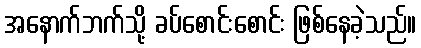
အနောက်ဘက်သို့ ခပ်စောင်းစောင်း ဖြစ်နေခဲ့သည်။